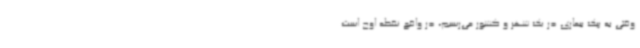
وقتی به پیک بیماری در یک شهر و کشور می‌رسیم، در واقع نقطه اوج است